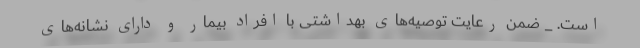
است. _ ضمن رعایت توصیه‌های بهداشتی با افراد بیمار و دارای نشانه‌های